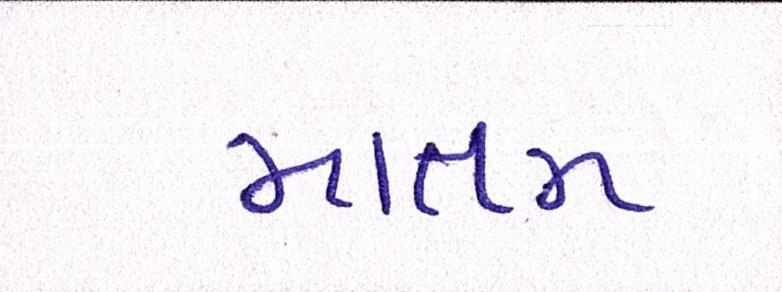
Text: માતમ